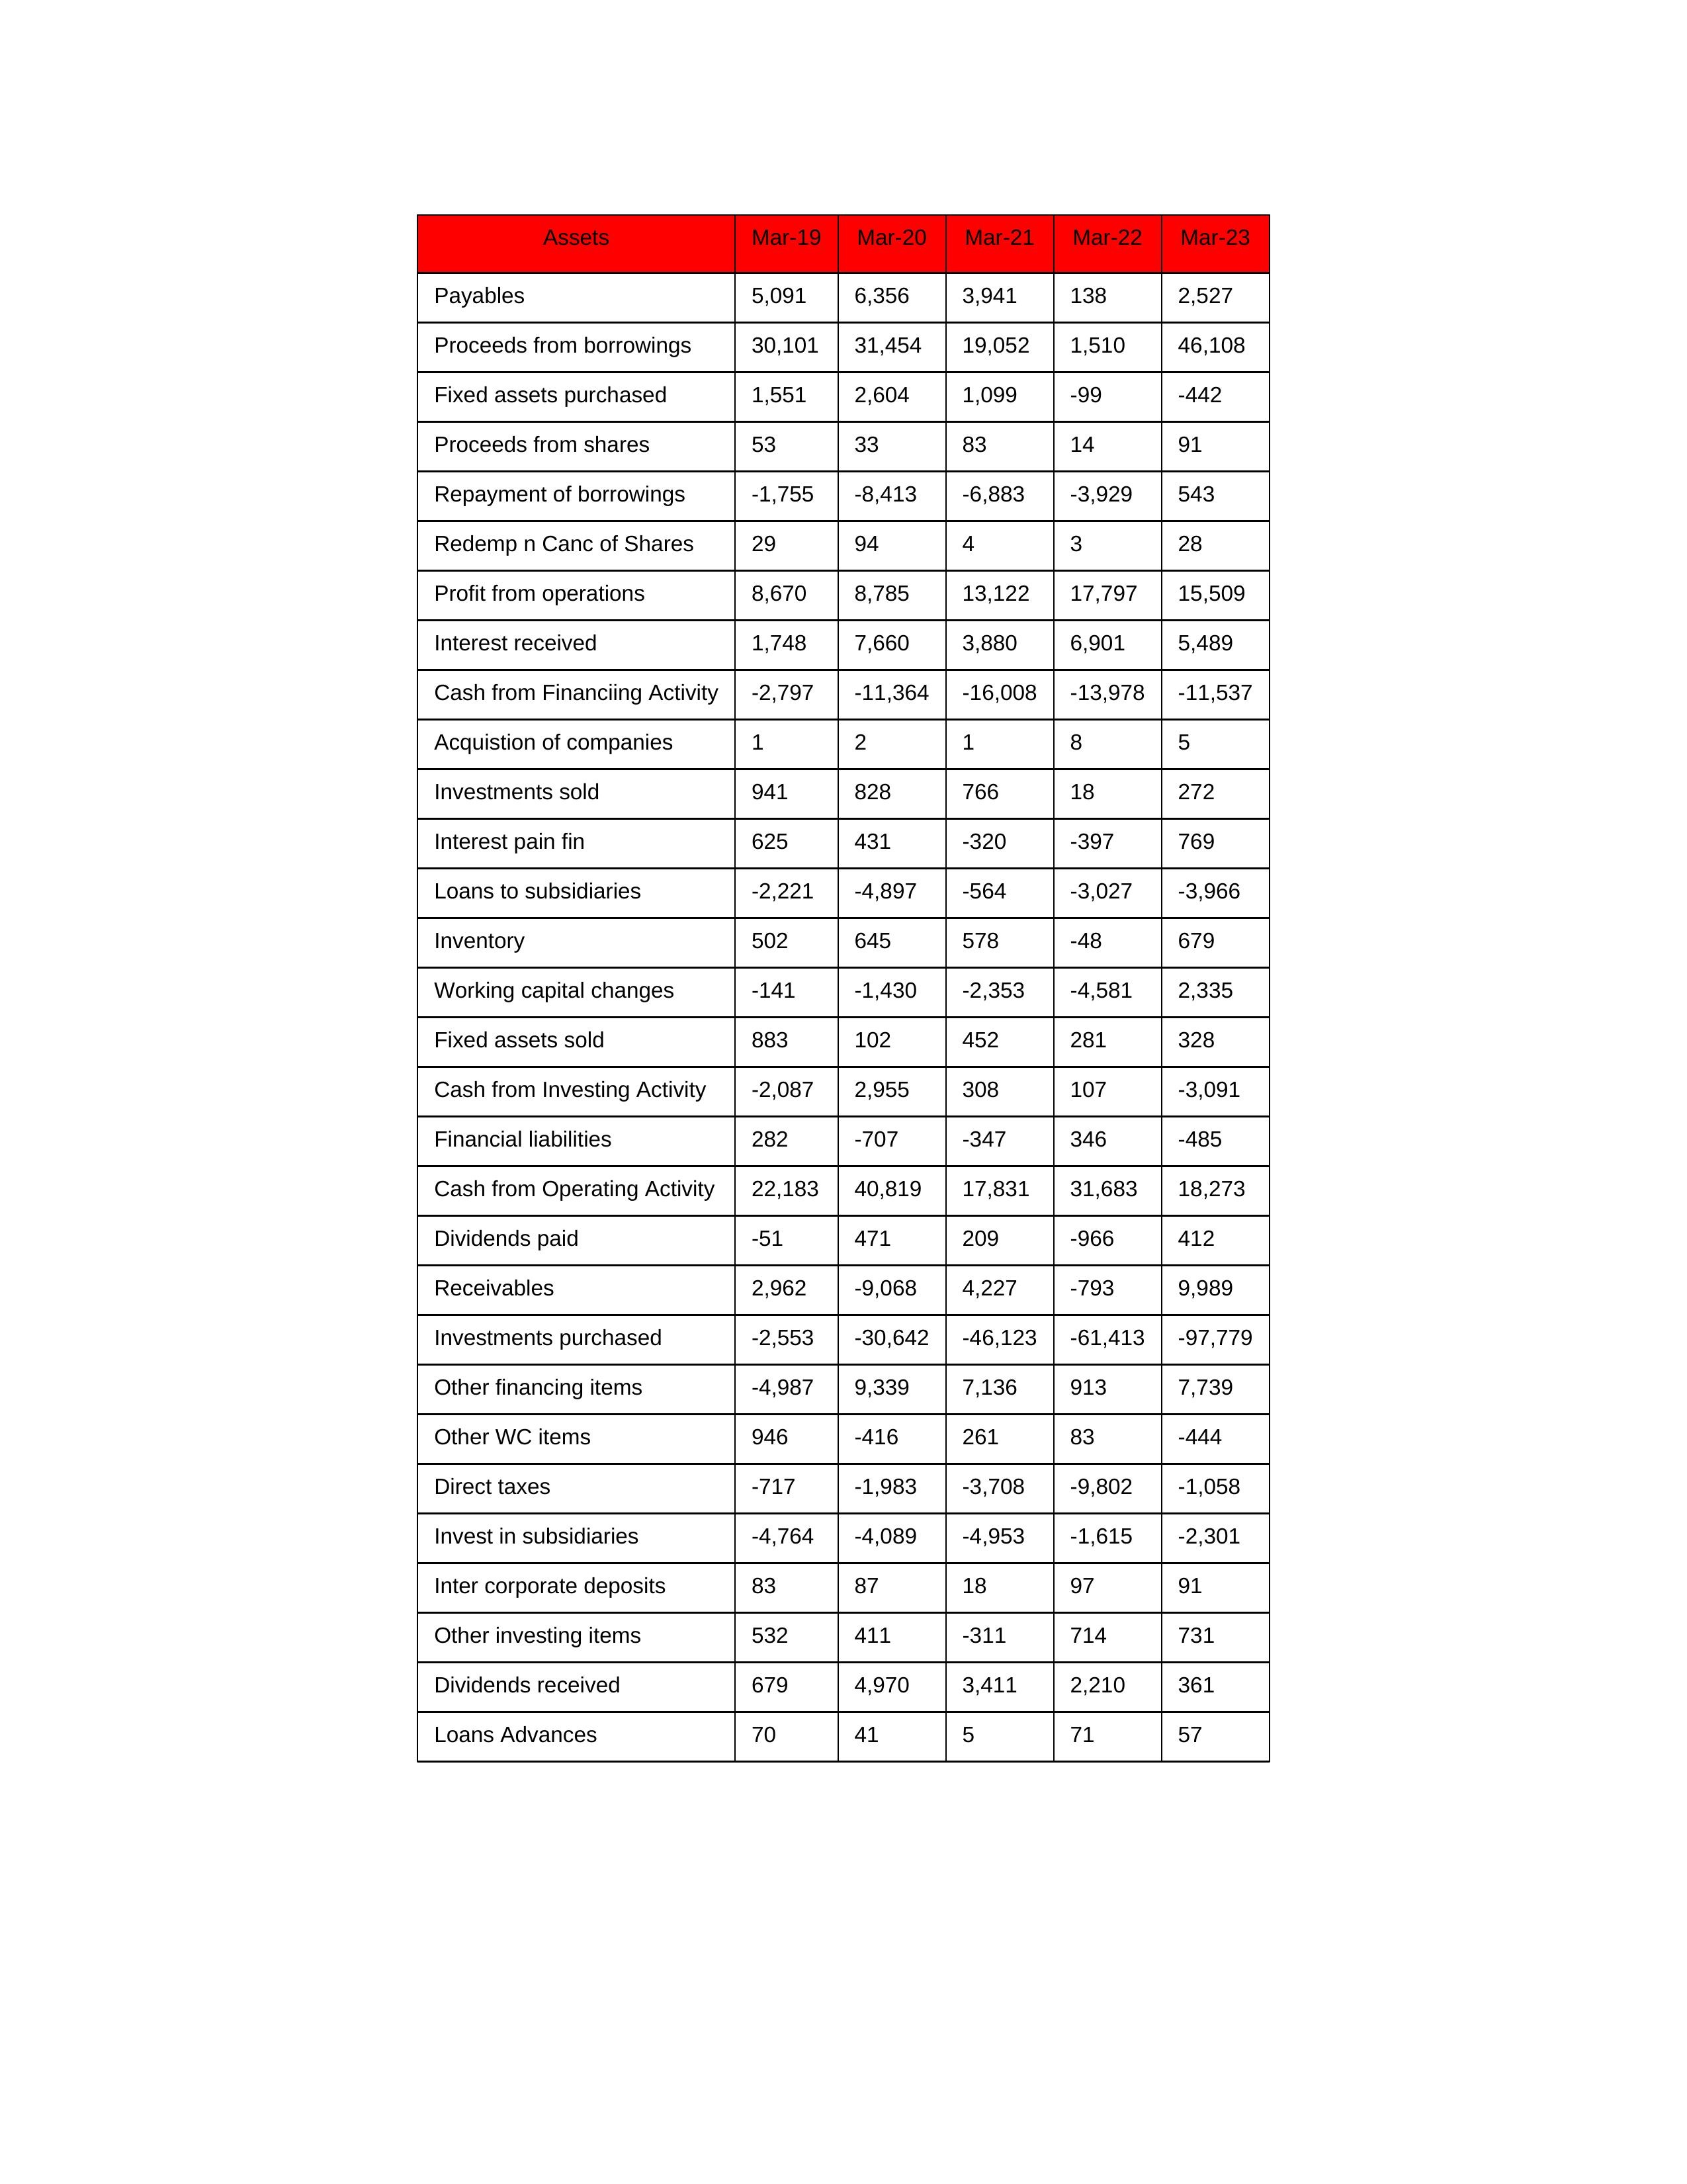
gt_parse: Mar-19: Cash from Operating Activity: 22,183
Profit from operations: 8,670
Receivables: 2,962
Inventory: 502
Payables: 5,091
Loans Advances: 70
Other WC items: 946
Working capital changes: -141
Direct taxes: -717
Cash from Investing Activity: -2,087
Fixed assets purchased: 1,551
Fixed assets sold: 883
Investments purchased: -2,553
Investments sold: 941
Interest received: 1,748
Dividends received: 679
Invest in subsidiaries: -4,764
Loans to subsidiaries: -2,221
Redemp n Canc of Shares: 29
Acquistion of companies: 1
Inter corporate deposits: 83
Other investing items: 532
Cash from Financiing Activity: -2,797
Proceeds from shares: 53
Proceeds from borrowings: 30,101
Repayment of borrowings: -1,755
Interest pain fin: 625
Dividends paid: -51
Financial liabilities: 282
Other financing items: -4,987
Mar-20: Cash from Operating Activity: 40,819
Profit from operations: 8,785
Receivables: -9,068
Inventory: 645
Payables: 6,356
Loans Advances: 41
Other WC items: -416
Working capital changes: -1,430
Direct taxes: -1,983
Cash from Investing Activity: 2,955
Fixed assets purchased: 2,604
Fixed assets sold: 102
Investments purchased: -30,642
Investments sold: 828
Interest received: 7,660
Dividends received: 4,970
Invest in subsidiaries: -4,089
Loans to subsidiaries: -4,897
Redemp n Canc of Shares: 94
Acquistion of companies: 2
Inter corporate deposits: 87
Other investing items: 411
Cash from Financiing Activity: -11,364
Proceeds from shares: 33
Proceeds from borrowings: 31,454
Repayment of borrowings: -8,413
Interest pain fin: 431
Dividends paid: 471
Financial liabilities: -707
Other financing items: 9,339
Mar-21: Cash from Operating Activity: 17,831
Profit from operations: 13,122
Receivables: 4,227
Inventory: 578
Payables: 3,941
Loans Advances: 5
Other WC items: 261
Working capital changes: -2,353
Direct taxes: -3,708
Cash from Investing Activity: 308
Fixed assets purchased: 1,099
Fixed assets sold: 452
Investments purchased: -46,123
Investments sold: 766
Interest received: 3,880
Dividends received: 3,411
Invest in subsidiaries: -4,953
Loans to subsidiaries: -564
Redemp n Canc of Shares: 4
Acquistion of companies: 1
Inter corporate deposits: 18
Other investing items: -311
Cash from Financiing Activity: -16,008
Proceeds from shares: 83
Proceeds from borrowings: 19,052
Repayment of borrowings: -6,883
Interest pain fin: -320
Dividends paid: 209
Financial liabilities: -347
Other financing items: 7,136
Mar-22: Cash from Operating Activity: 31,683
Profit from operations: 17,797
Receivables: -793
Inventory: -48
Payables: 138
Loans Advances: 71
Other WC items: 83
Working capital changes: -4,581
Direct taxes: -9,802
Cash from Investing Activity: 107
Fixed assets purchased: -99
Fixed assets sold: 281
Investments purchased: -61,413
Investments sold: 18
Interest received: 6,901
Dividends received: 2,210
Invest in subsidiaries: -1,615
Loans to subsidiaries: -3,027
Redemp n Canc of Shares: 3
Acquistion of companies: 8
Inter corporate deposits: 97
Other investing items: 714
Cash from Financiing Activity: -13,978
Proceeds from shares: 14
Proceeds from borrowings: 1,510
Repayment of borrowings: -3,929
Interest pain fin: -397
Dividends paid: -966
Financial liabilities: 346
Other financing items: 913
Mar-23: Cash from Operating Activity: 18,273
Profit from operations: 15,509
Receivables: 9,989
Inventory: 679
Payables: 2,527
Loans Advances: 57
Other WC items: -444
Working capital changes: 2,335
Direct taxes: -1,058
Cash from Investing Activity: -3,091
Fixed assets purchased: -442
Fixed assets sold: 328
Investments purchased: -97,779
Investments sold: 272
Interest received: 5,489
Dividends received: 361
Invest in subsidiaries: -2,301
Loans to subsidiaries: -3,966
Redemp n Canc of Shares: 28
Acquistion of companies: 5
Inter corporate deposits: 91
Other investing items: 731
Cash from Financiing Activity: -11,537
Proceeds from shares: 91
Proceeds from borrowings: 46,108
Repayment of borrowings: 543
Interest pain fin: 769
Dividends paid: 412
Financial liabilities: -485
Other financing items: 7,739